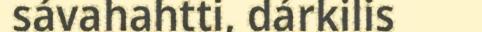
sávahahtti, dárkilis